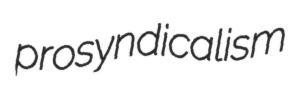
prosyndicalism